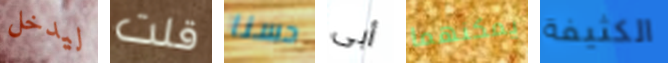
ليدخل قلت حسنا أبى يمكنهما الكثيفة